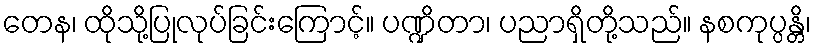
တေန၊ ထိုသို့ပြုလုပ်ခြင်းကြောင့်။ ပဏ္ဍိတာ၊ ပညာရှိတို့သည်။ နစကုပ္ပန္တိ၊